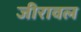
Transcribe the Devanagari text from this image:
जीरावल